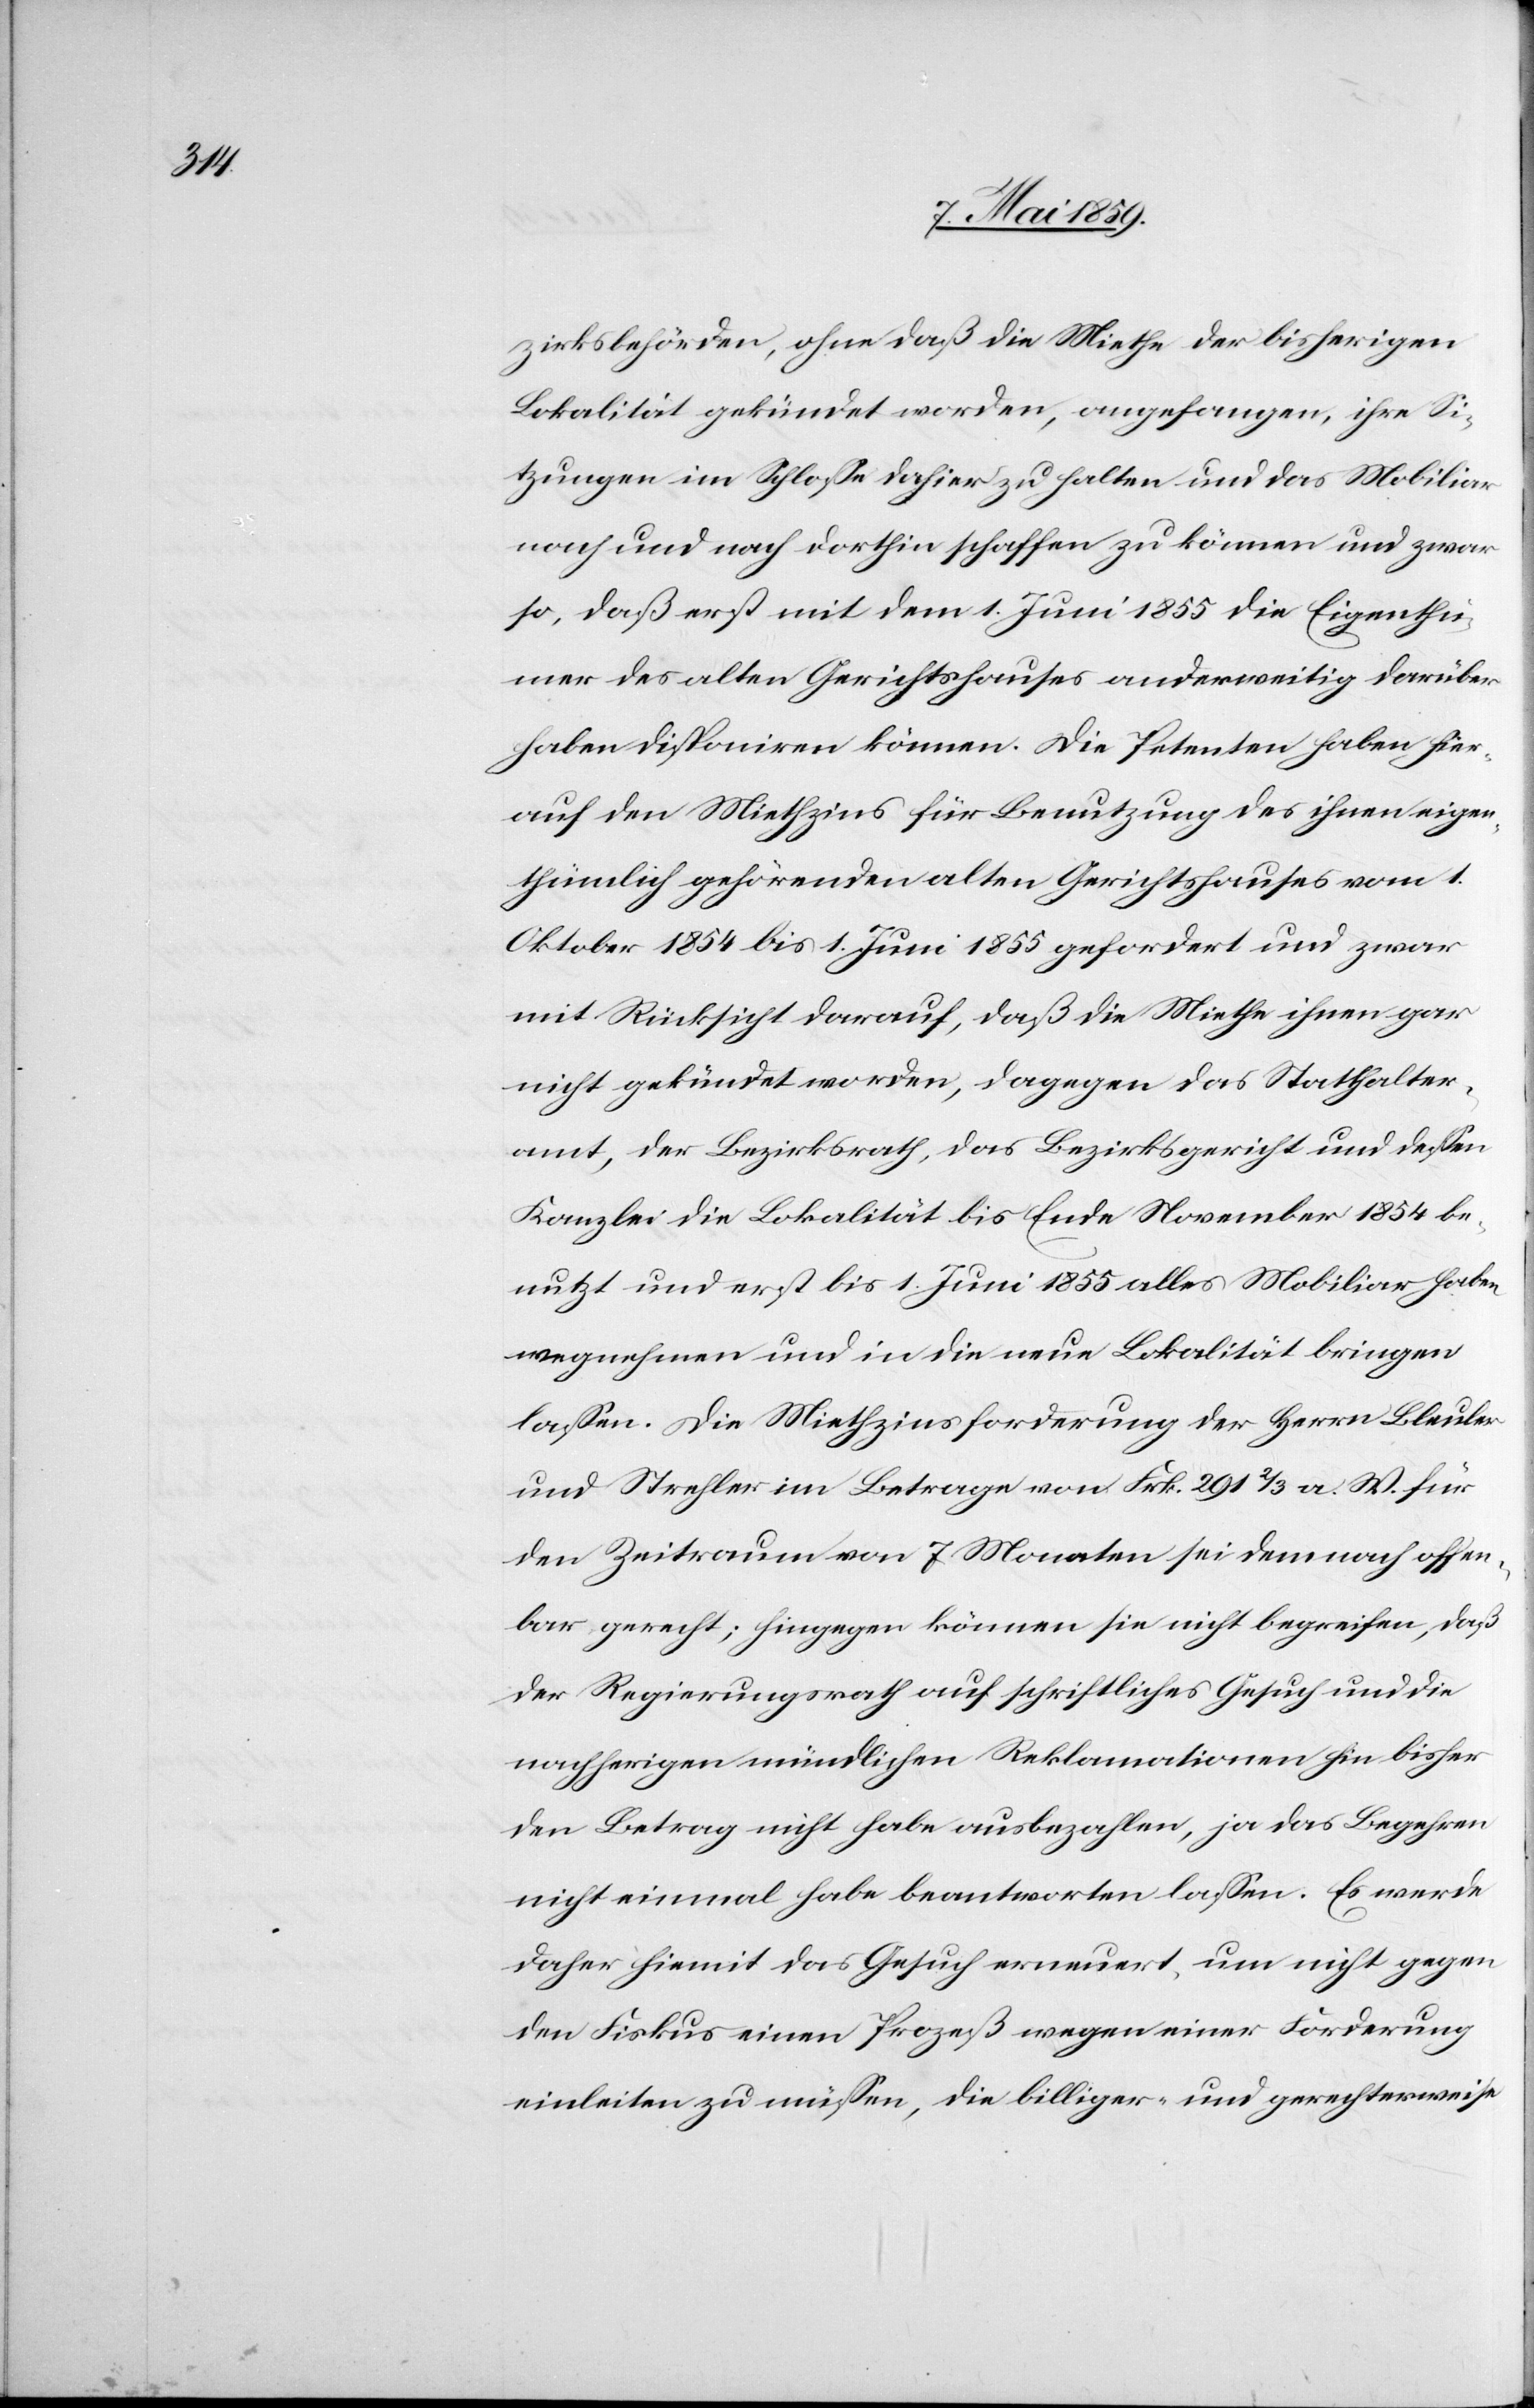
zirksbehörden, ohne daß die Miethe der bisherigen
Lokalität gekündet worden, angefangen, ihre Si¬
tzungen im Schloße dahier zu halten und das Mobiliar
nach und nach dorthin schaffen zu können und zwar
so, daß erst mit dem 1. Juni 1855 die Eigenthü¬
mer des alten Gerichtshauses anderweitig darüber
haben disponiren können. Die Petenten haben hier¬
auf den Miethzins für Benutzung des ihnen eigen¬
thümlich gehörenden alten Gerichtshauses vom 1.
Oktober 1854 bis 1. Juni 1855 gefordert und zwar
mit Rücksicht darauf, daß die Miethe ihnen gar
nicht gekündet worden, dagegen das Statthalter¬
amt, der Bezirksrath, das Bezirksgericht und deßen
Kanzlei die Lokalität bis Ende November 1854 be¬
nutzt und erst bis 1. Juni 1855 alles Mobiliar haben
wegnehmen und in die neue Lokalität bringen
laßen. Die Miethzinsforderung der Herrn Bleuler
und Strehler im Betrage von Frk. 291 2/3 a. W. für
den Zeitraum von 7 Monaten sei demnach offen¬
bar gerecht; hingegen können sie nicht begreifen, daß
der Regierungsrath auf schriftliches Gesuch und die
nachherigen mündlichen Reklamationen hin bisher
den Betrag nicht habe ausbezahlen, ja das Begehren
nicht einmal habe beantworten laßen. Es werde
daher hiemit das Gesuch erneuert, um nicht gegen
den Fiskus einen Prozeß wegen einer Forderung
einleiten zu müßen, die billiger- und gerechterweise